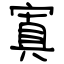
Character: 寘